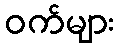
ဝက်များ